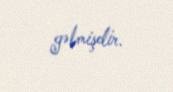
gəlmişdir.